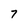
Character: 7